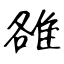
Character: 雒